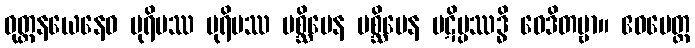
ဝုတ္တနယေနေဝ ပုရိမဿ ပုရိမဿ ပစ္ဆိမေန ပစ္ဆိမေန ပဋိပ္ပဿဒ္ဓိ ဝေဒိတဗ္ဗာ။ ဧဝမေတ္ထ